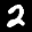
Digit: 2